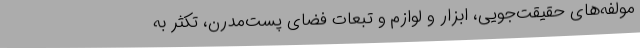
مولفه‌های حقیقت‌جویی، ابزار و لوازم و تبعات فضای پست‌مدرن، تکثر به